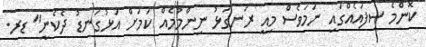
ކޮންމެ ސިފައެއްގައި ނަމަވެސް މިއީ ރަނގަޅު ނިންމުމެއް ކަމަށް އަޅުގަނޑު ދެކެނީ" ޑރ.